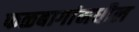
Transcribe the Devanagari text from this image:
फळबागांमधील